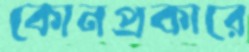
কোনপ্রকারে